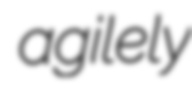
agilely